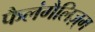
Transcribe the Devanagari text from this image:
फैलंगैलिज़्म